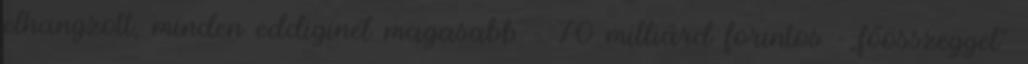
elhangzott, minden eddiginél magasabb – 70 milliárd forintos –„főösszeggel”